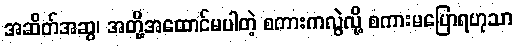
အဆိတ်အဆွ၊ အတို့အထောင်မပါတဲ့ စကားကလွဲလို့ စကားမပြောရဟုသာ